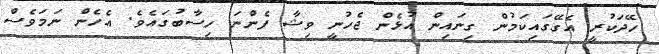
ހޭދަކުރީ އެގޭގައިކަމުން ގިނައިން އުޅެން ޖެހުނީ ވިޝާ ފެންނަ ހިސާބުގައެވެ. އެހެން ނަމަވެސް